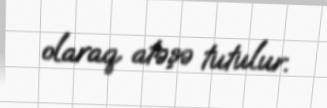
olaraq atəşə tutulur.